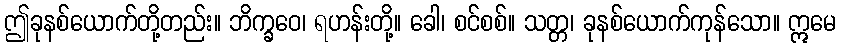
ဤခုနစ်ယောက်တို့တည်း။ ဘိက္ခဝေ၊ ရဟန်းတို့။ ခေါ၊ စင်စစ်။ သတ္တ၊ ခုနစ်ယောက်ကုန်သော။ ဣမေ